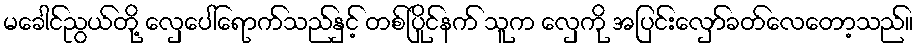
မခေါင်ညွယ်တို့ လှေပေါ်ရောက်သည်နှင့် တစ်ပြိုင်နက် သူက လှေကို အပြင်းလှော်ခတ်လေတော့သည်။